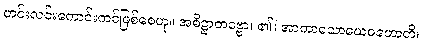
ဟင်းလင်းကောင်းကင်ဖြစ်စေဟု။ အဓိဋ္ဌာတဗ္ဗော၊ ၏။ အာကာသောယေဝဟောတိ၊